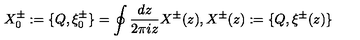
X _ { 0 } ^ { \pm } : = \{ Q , \xi _ { 0 } ^ { \pm } \} = \oint \frac { d z } { 2 \pi i z } X ^ { \pm } ( z ) , X ^ { \pm } ( z ) : = \{ Q , \xi ^ { \pm } ( z ) \}